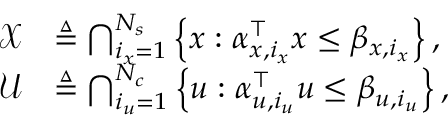
\begin{array} { r l } { \mathcal { X } } & { \triangleq \bigcap _ { i _ { x } = 1 } ^ { N _ { s } } \left\{ x : \alpha _ { x , i _ { x } } ^ { \top } x \leq \beta _ { x , i _ { x } } \right\} , } \\ { \mathcal { U } } & { \triangleq \bigcap _ { i _ { u } = 1 } ^ { N _ { c } } \left\{ u : \alpha _ { u , i _ { u } } ^ { \top } u \leq \beta _ { u , i _ { u } } \right\} , } \end{array}